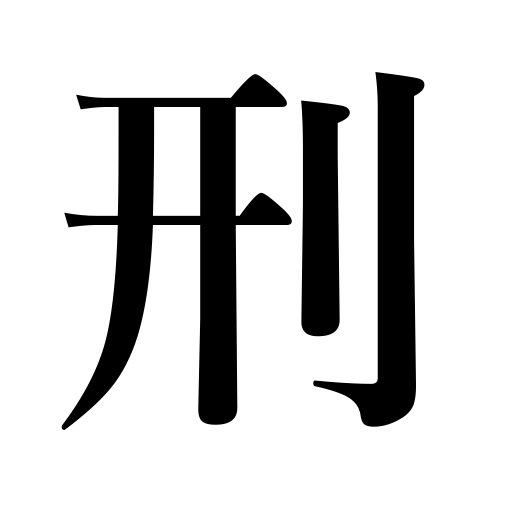
Meanings: penalty,sentence,punishment